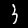
Label: 3